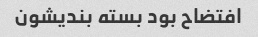
افتضاح بود بسته بندیشون